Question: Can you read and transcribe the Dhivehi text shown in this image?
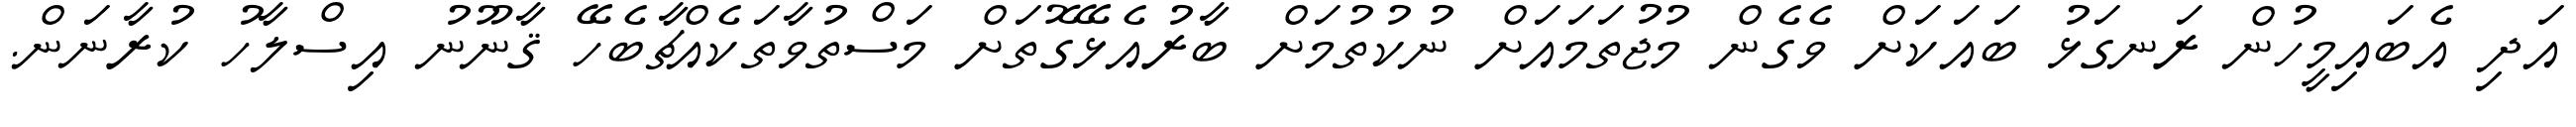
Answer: އަދި އެބައިމީހުން ރަނގަޅު ބައަކަށް ވެގެން މުޖުތަމައަށް ނުކުތުމަށް ބާރުއެޅޭގޮތަށް މަސްތުވާތަކެއްޗާބެހޭ ޤާނޫނު އިސްލާހު ކުރާނަން.